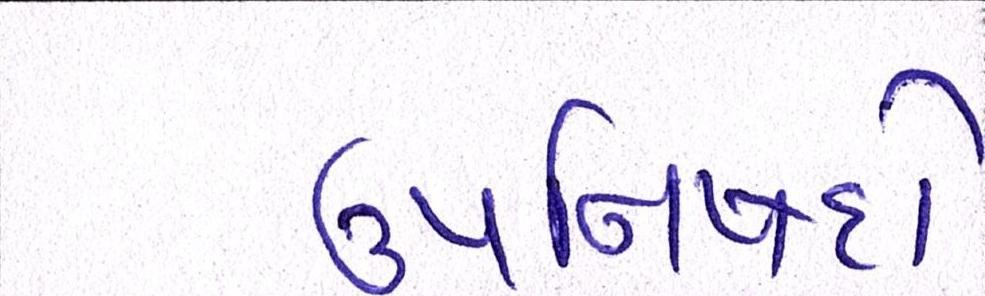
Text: ઉપનિષદો